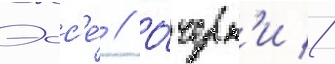
Эсс'е́ // О́черк'и //